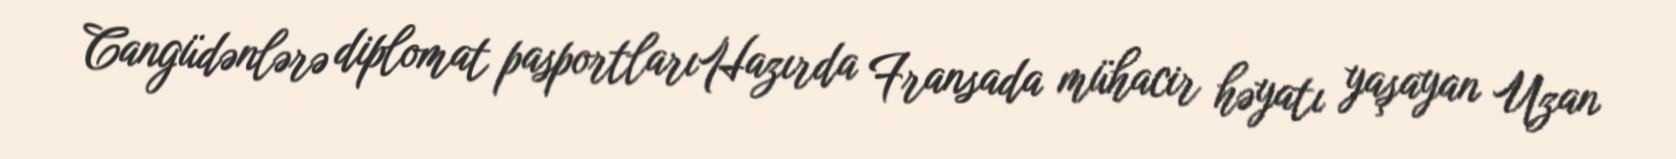
Cangüdənlərə diplomat pasportlarıHazırda Fransada mühacir həyatı yaşayan Uzan